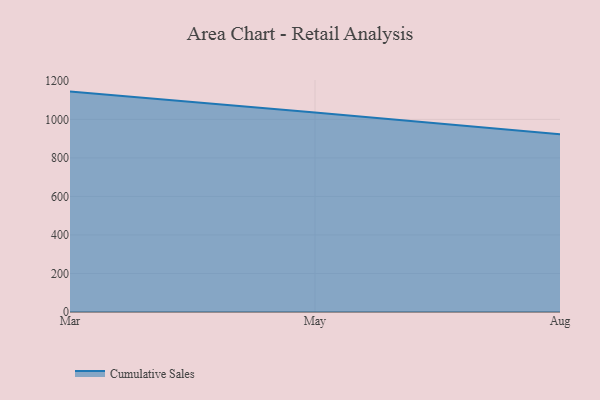
{"axis": {"x": "Month", "y": "Net Income (USD K)"}, "legend": ["Cumulative Sales"], "data": [{"x": "Mar", "y": 1144.2, "type": "Cumulative Sales"}, {"x": "May", "y": 1036.0, "type": "Cumulative Sales"}, {"x": "Aug", "y": 923.4, "type": "Cumulative Sales"}]}